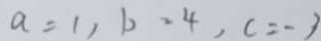
a = 1 , b = 4 , c = - 3